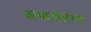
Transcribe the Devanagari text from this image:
वायरलेसच्या